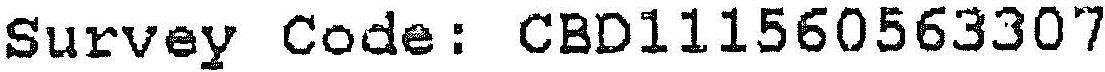
SURVEY CODE: CBD111560563307